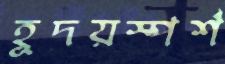
হূদয়স্পর্শ